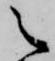
之